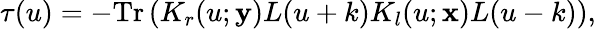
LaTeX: \tau(u)=-\mathrm{Tr}\left(K_{r}(u;{\mathbf y})L(u+k)K_{l}(u;{\mathbf x})L(u-k)\right),